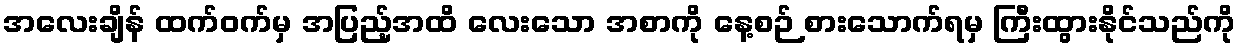
အလေးချိန် ထက်ဝက်မှ အပြည့်အထိ လေးသော အစာကို နေ့စဉ် စားသောက်ရမှ ကြီးထွားနိုင်သည်ကို